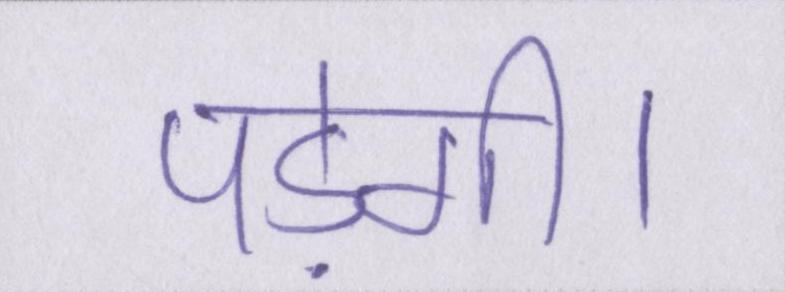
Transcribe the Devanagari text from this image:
पड़ेगी।